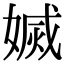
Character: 𡟬